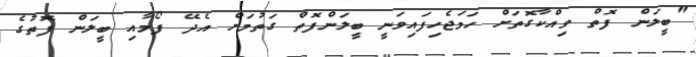
"ބީލަން ފޮތް ވިއްކާގޮތަށް ހަމަޖެހިފައިވަނީ ބީލަންފޮތް ގަތުމަށް އެދޭ ފޯމާއި ބީލަން ފޮތުގެ